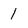
Character: 1